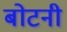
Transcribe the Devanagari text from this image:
बोटनी